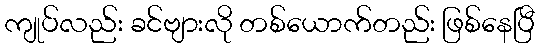
ကျုပ်လည်း ခင်ဗျားလို တစ်ယောက်တည်း ဖြစ်နေပြီ